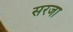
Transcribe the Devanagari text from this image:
सरजा